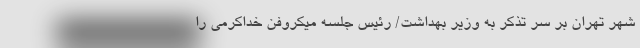
شهر تهران بر سر تذکر به وزیر بهداشت/ رئیس جلسه میکروفن خداکرمی را